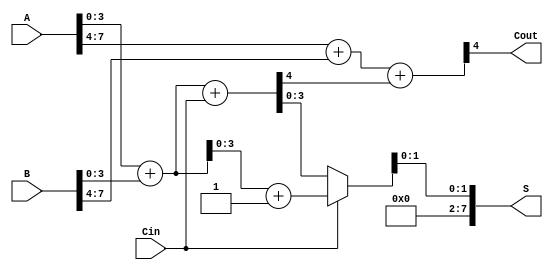
module han_carlson_adder (
    input [7:0] A,       // 8-bit input A
    input [7:0] B,       // 8-bit input B
    input Cin,           // Carry-in
    output [7:0] S,      // 8-bit sum output
    output Cout          // Carry-out
);

    wire [3:0] S0, S1;   // Sum outputs for each group
    wire C0, C1;         // Carry outputs for each group
    wire C0_select, C1_select; // Selected carry outputs for sum selection

    // Group 0: Least Significant 4 bits
    assign {C0, S0} = A[3:0] + B[3:0] + Cin; // Full adder for first 4 bits

    // Group 1: Most Significant 4 bits
    assign {C1, S1} = A[7:4] + B[7:4] + C0; // Full adder for next 4 bits

    // Carry Select Logic
    wire [3:0] S0_carry1, S1_carry1; // Sums when carry-in is 1
    assign {C0_select, S0_carry1} = A[3:0] + B[3:0] + 1'b1; // Sum with carry-in = 1
    assign {C1_select, S1_carry1} = A[7:4] + B[7:4] + 1'b1; // Sum with carry-in = 1

    // Final Sum Output Selection
    assign S = {S1_select, S0_select};
    assign Cout = C1; // Final carry-out from the last group

    // Carry Selection Logic
    assign S[3:0] = (Cin == 1'b0) ? S0 : S0_carry1;
    assign S[7:4] = (C0 == 1'b0) ? S1 : S1_carry1;

endmodule